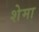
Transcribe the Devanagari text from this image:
शेमा